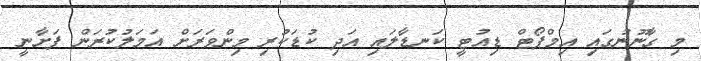
މި ގާނޫނުގައި އިމްޕޯޓް ޑިއުޓީ ކަނޑާލައި އަދި ކުޑަކުރި މިންވަރަށް އަމަލުކުރަން ފަށާނީ